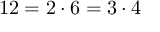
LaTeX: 1 2 = 2 \cdot 6 = 3 \cdot 4